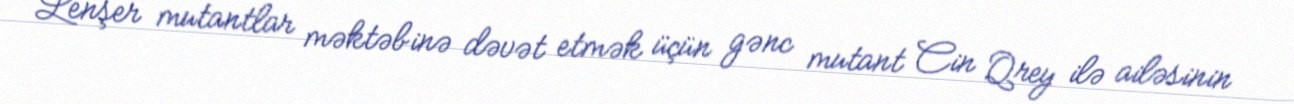
Lenşer mutantlar məktəbinə dəvət etmək üçün gənc mutant Cin Qrey ilə ailəsinin